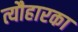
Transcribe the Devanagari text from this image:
त्यौहारका